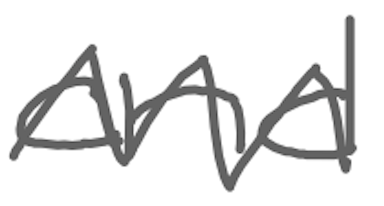
Text: and
Cross-out: zig-zag
Writing tool: digital_gray